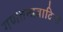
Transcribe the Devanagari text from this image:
गणतन्त्रवादियों